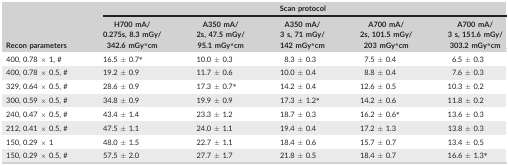
<table><thead><tr><td rowspan="2"><b>Recon parameters</b></td><td colspan="5"><b>Scan protocol</b></td></tr><tr><td><b>H700 mA/0.275s #bib8.3 mGy/342.6 mGy*cm</b></td><td><b>A350 mA/2s, 47.5 mGy/95.1 mGy*</b></td><td><b>A350 mA/3 s, 71 mGy/142 mGy*</b></td><td><b>A700 mA/2s, 101.5 mGy/203 mGy*</b></td><td><b>A700 mA/3 s, 151.6 mGy/303.2 mGy*</b></td></tr></thead><tbody><tr><td>400, 0.78 × 1, #</td><td>16.5 ± 0.7*</td><td>10.0 ± 0.3</td><td>8.3 ± 0.3</td><td>7.5 ± 0.4</td><td>6.5 ± 0.3</td></tr><tr><td>400, 0.78 × 0.5, #</td><td>19.2 ± 0.9</td><td>11.7 ± 0.6</td><td>10.0 ± 0.4</td><td>8.8 ± 0.4</td><td>7.6 ± 0.3</td></tr><tr><td>329, 0.64 × 0.5, #</td><td>28.6 ± 0.9</td><td>17.3 ± 0.7*</td><td>14.2 ± 0.4</td><td>12.6 ± 0.5</td><td>10.3 ± 0.2</td></tr><tr><td>300, 0.59 × 0.5, #</td><td>34.8 ± 0.9</td><td>19.9 ± 0.9</td><td>17.3 ± 1.2*</td><td>14.2 ± 0.6</td><td>11.8 ± 0.2</td></tr><tr><td>240, 0.47 × 0.5, #</td><td>43.4 ± 1.4</td><td>23.3 ± 1.2</td><td>18.7 ± 0.3</td><td>16.2 ± 0.6*</td><td>13.6 ± 0.3</td></tr><tr><td>212, 0.41 × 0.5, #</td><td>47.5 ± 1.1</td><td>24.0 ± 1.1</td><td>19.4 ± 0.4</td><td>17.2 ± 1.3</td><td>13.8 ± 0.3</td></tr><tr><td>150, 0.29 × 1</td><td>48.0 ± 1.5</td><td>22.7 ± 1.1</td><td>18.4 ± 0.6</td><td>15.7 ± 0.7</td><td>13.4 ± 0.5</td></tr><tr><td>150, 0.29 × 0.5, #</td><td>57.5 ± 2.0</td><td>27.7 ± 1.7</td><td>21.8 ± 0.5</td><td>18.4 ± 0.7</td><td>16.6 ± 1.3*</td></tr></tbody></table>